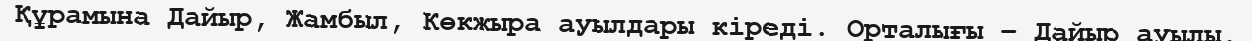
Құрамына Дайыр, Жамбыл, Көкжыра ауылдары кіреді. Орталығы – Дайыр ауылы.